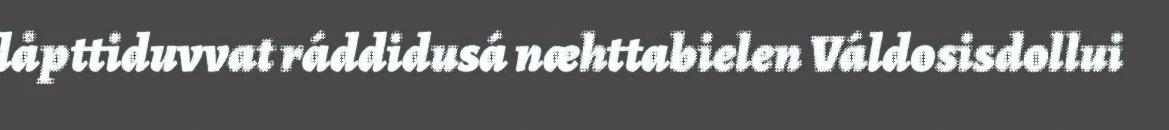
låpttiduvvat ráddidusá næhttabielen Váldosisdollui